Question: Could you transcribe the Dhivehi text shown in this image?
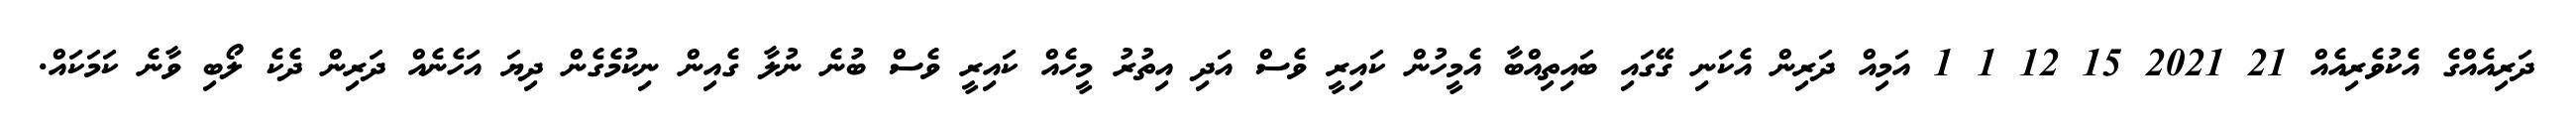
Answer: ދަރިއެއްގެ އެކުވެރިއެއް 21 2021 15 12 1 1 އަމިއް ދަރިން އެކަނި ގޭގައި ބައިތިއްބާ އެމީހުން ކައިރީ ވެސް އަދި އިތުރު މީހެއް ކައިރީ ވެސް ބުނެ ނުލާ ގެއިން ނިކުމެގެން ދިޔަ އަހެނެއް ދަރިން ދެކެ ލޯބި ވާނެ ކަމަކައް.